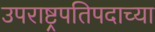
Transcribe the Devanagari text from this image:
उपराष्ट्रपतिपदाच्या